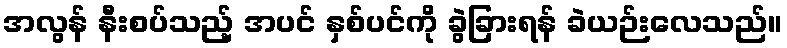
အလွန် နီးစပ်သည့် အပင် နှစ်ပင်ကို ခွဲခြားရန် ခဲယဉ်းလေသည်။